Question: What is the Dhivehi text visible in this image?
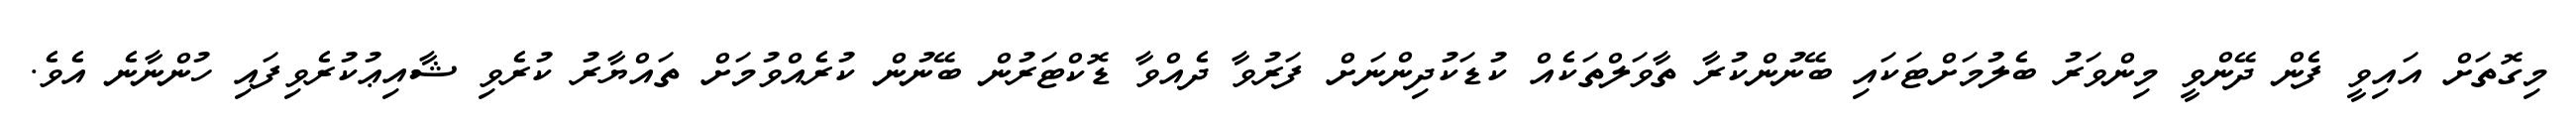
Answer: މިގޮތަށް އައިވީ ފެން ދޭންވީ މިންވަރު ބެލުމަށްޓަކައި ބޭނުންކުރާ ތާވަލްތަކެއް ކުޑަކުދިންނަށް ފަރުވާ ދެއްވާ ޑޮކްޓަރުން ބޭނުން ކުރެއްވުމަށް ތައްޔާރު ކުރެވި ޝާއިޢުކުރެވިފައި ހުންނާނެ އެވެ.